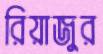
রিয়াজুর